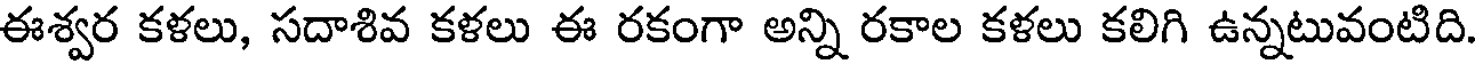
ఈశ్వర కళలు, సదాశివ కళలు ఈ రకంగా అన్ని రకాల కళలు కలిగి ఉన్నటువంటిది